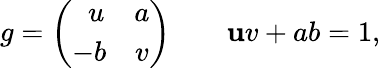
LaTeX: g=\left(\begin{array}{cc}{{\ \ u}}&{{a}}\\ {{-b}}&{{v}}\end{array}\right)\qquad\mathbf{u}v+ab=1,